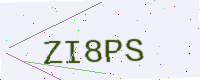
Text: ZI8PS